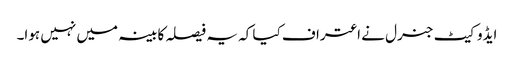
ایڈوکیٹ جنرل نے اعتراف کیا کہ یہ فیصلہ کابینہ میں نہیں ہوا۔